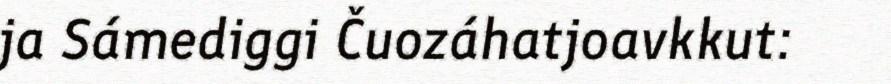
ja Sámediggi Čuozáhatjoavkkut: